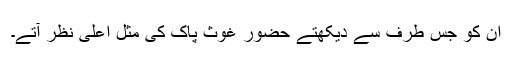
ان کو جس طرف سے دیکھتے حضور غوث پاک کی مثل اعلیٰ نظر آتے۔